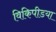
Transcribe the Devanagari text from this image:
विकिपीडया